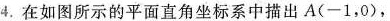
4.在如图所示的平面直角坐标系中描出A(-1，0)，